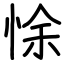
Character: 悇